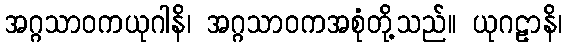
အဂ္ဂသာဝကယုဂါနိ၊ အဂ္ဂသာဝကအစုံတို့သည်။ ယုဂဠာနိ၊